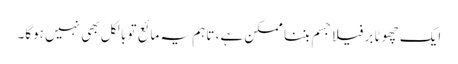
ایک چھوٹا برفیلا جسم بننا ممکن ہے، تاہم یہ مائع تو بالکل بھی نہیں ہوگا۔